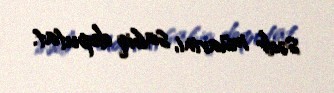
sədr müavini, sabiq deputat.